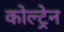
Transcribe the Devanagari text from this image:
कोल्ट्रेन